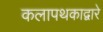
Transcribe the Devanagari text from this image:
कलापथकाद्वारे